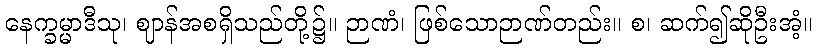
နေက္ခမ္မာဒီသု၊ ဈာန်အစရှိသည်တို့၌။ ဉာဏံ၊ ဖြစ်သောဉာဏ်တည်း။ စ၊ ဆက်၍ဆိုဦးအံ့။